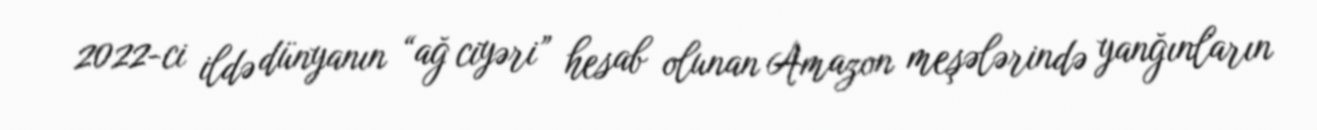
2022-ci ildə dünyanın “ağ ciyəri” hesab olunan Amazon meşələrində yanğınların